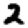
Digit: 2